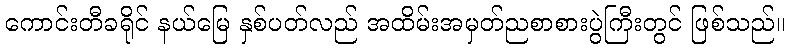
ကောင်းတီခရိုင် နယ်မြေ နှစ်ပတ်လည် အထိမ်းအမှတ်ညစာစားပွဲကြီးတွင် ဖြစ်သည်။